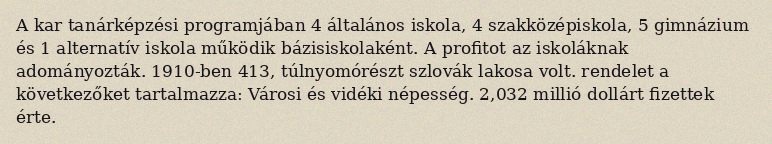
A kar tanárképzési programjában 4 általános iskola, 4 szakközépiskola, 5 gimnázium és 1 alternatív iskola működik bázisiskolaként. A profitot az iskoláknak adományozták. 1910-ben 413, túlnyomórészt szlovák lakosa volt. rendelet a következőket tartalmazza: Városi és vidéki népesség. 2,032 millió dollárt fizettek érte.